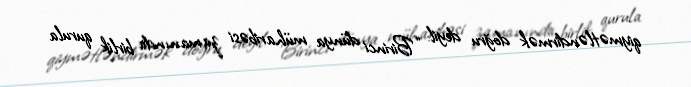
qiymətləndirmək doğru deyil: “Birinci dünya müharibəsi zamanında birlik qurula